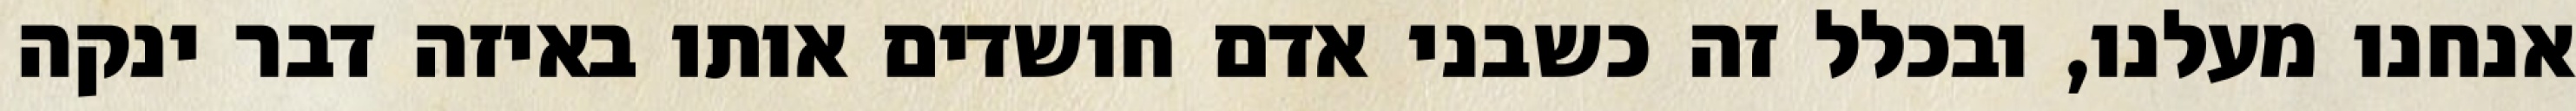
אנחנו מעלנו, ובכלל זה כשבני אדם חושדים אותו באיזה דבר ינקה